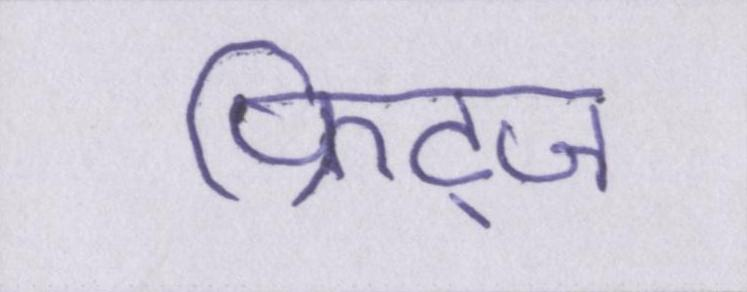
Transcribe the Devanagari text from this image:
फ्रिट्ज